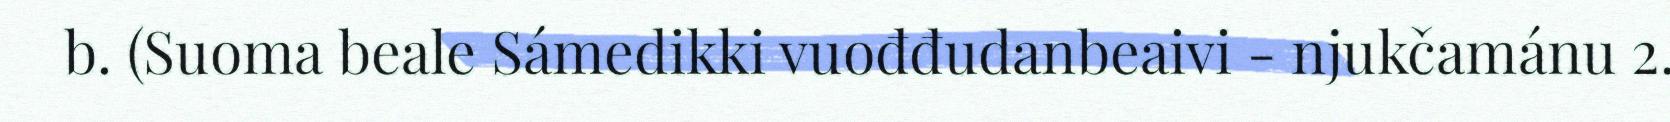
b. (Suoma beale Sámedikki vuođđudanbeaivi - njukčamánu 2.